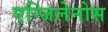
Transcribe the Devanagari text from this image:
एन्जिलेनोस